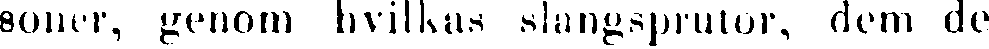
soner, genom hvilkas slangsprutor, dem de